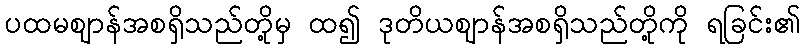
ပထမဈာန်အစရှိသည်တို့မှ ထ၍ ဒုတိယဈာန်အစရှိသည်တို့ကို ရခြင်း၏